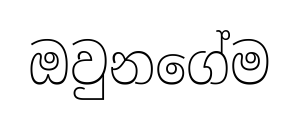
ඔවුනගේම